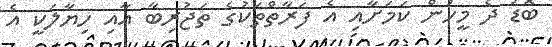
ބޮޑު ދެ މީހުން ކަމަށާއި އެ ފަރާތްތަކުގެ ތަޖުރިބާ އާއި ހިޔާލަކީ އެ